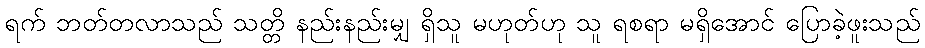
ရက် ဘတ်တလာသည် သတ္တိ နည်းနည်းမျှ ရှိသူ မဟုတ်ဟု သူ ရစရာ မရှိအောင် ပြောခဲ့ဖူးသည်